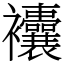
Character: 𧟘